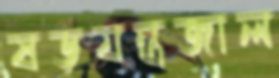
ষড়যন্ত্রজাল